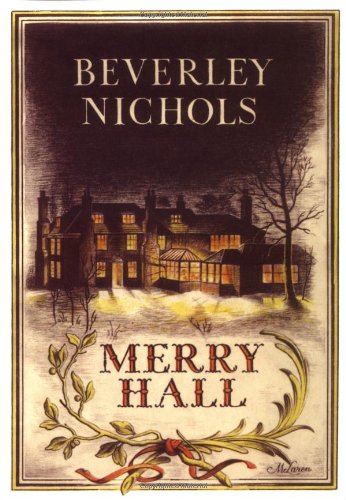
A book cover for Merry Hall (Beverley Nichols Trilogy Book 1); Beverley Nichols; Crafts, Hobbies & Home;